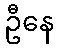
ဦနေ